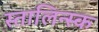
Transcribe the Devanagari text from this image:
स्तालिन्स्क